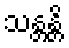
သန္တန္တိ